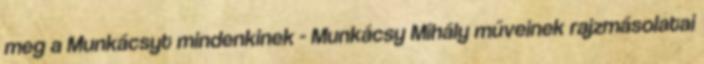
meg a Munkácsyt mindenkinek - Munkácsy Mihály műveinek rajzmásolatai